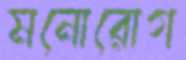
মনোরোগ